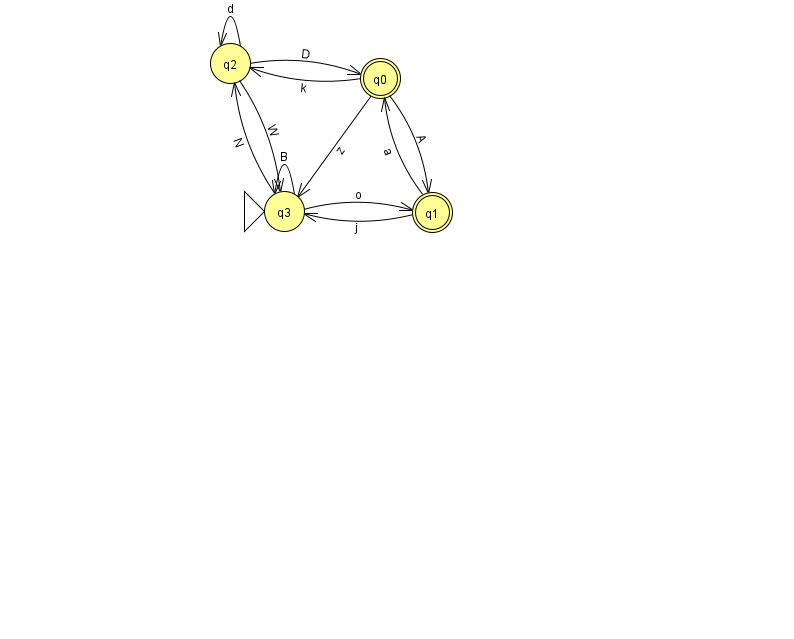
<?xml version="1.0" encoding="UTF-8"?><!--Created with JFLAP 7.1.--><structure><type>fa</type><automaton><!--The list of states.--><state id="0" name="q0"><x>380.0</x><y>65.0</y><final/></state><state id="1" name="q1"><x>432.0</x><y>199.0</y><final/></state><state id="2" name="q2"><x>230.0</x><y>50.0</y></state><state id="3" name="q3"><x>284.0</x><y>198.0</y><initial/></state><!--The list of transitions.--><transition><from>3</from><to>2</to><read>N</read></transition><transition><from>3</from><to>1</to><read>o</read></transition><transition><from>3</from><to>3</to><read>B</read></transition><transition><from>2</from><to>2</to><read>d</read></transition><transition><from>0</from><to>2</to><read>k</read></transition><transition><from>1</from><to>3</to><read>j</read></transition><transition><from>0</from><to>3</to><read>z</read></transition><transition><from>2</from><to>0</to><read>D</read></transition><transition><from>2</from><to>3</to><read>W</read></transition><transition><from>0</from><to>1</to><read>A</read></transition><transition><from>1</from><to>0</to><read>a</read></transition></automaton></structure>